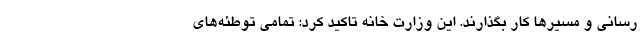
رسانی و مسیرها کار بگذارند. این وزارت خانه تاکید کرد: تمامی توطئه‌های